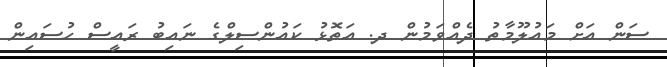
ސަން އަށް މައުލޫމާތު ދެއްވަމުން ދ. އަތޮޅު ކައުންސިލްގެ ނައިބު ރައީސް ހުސައިން